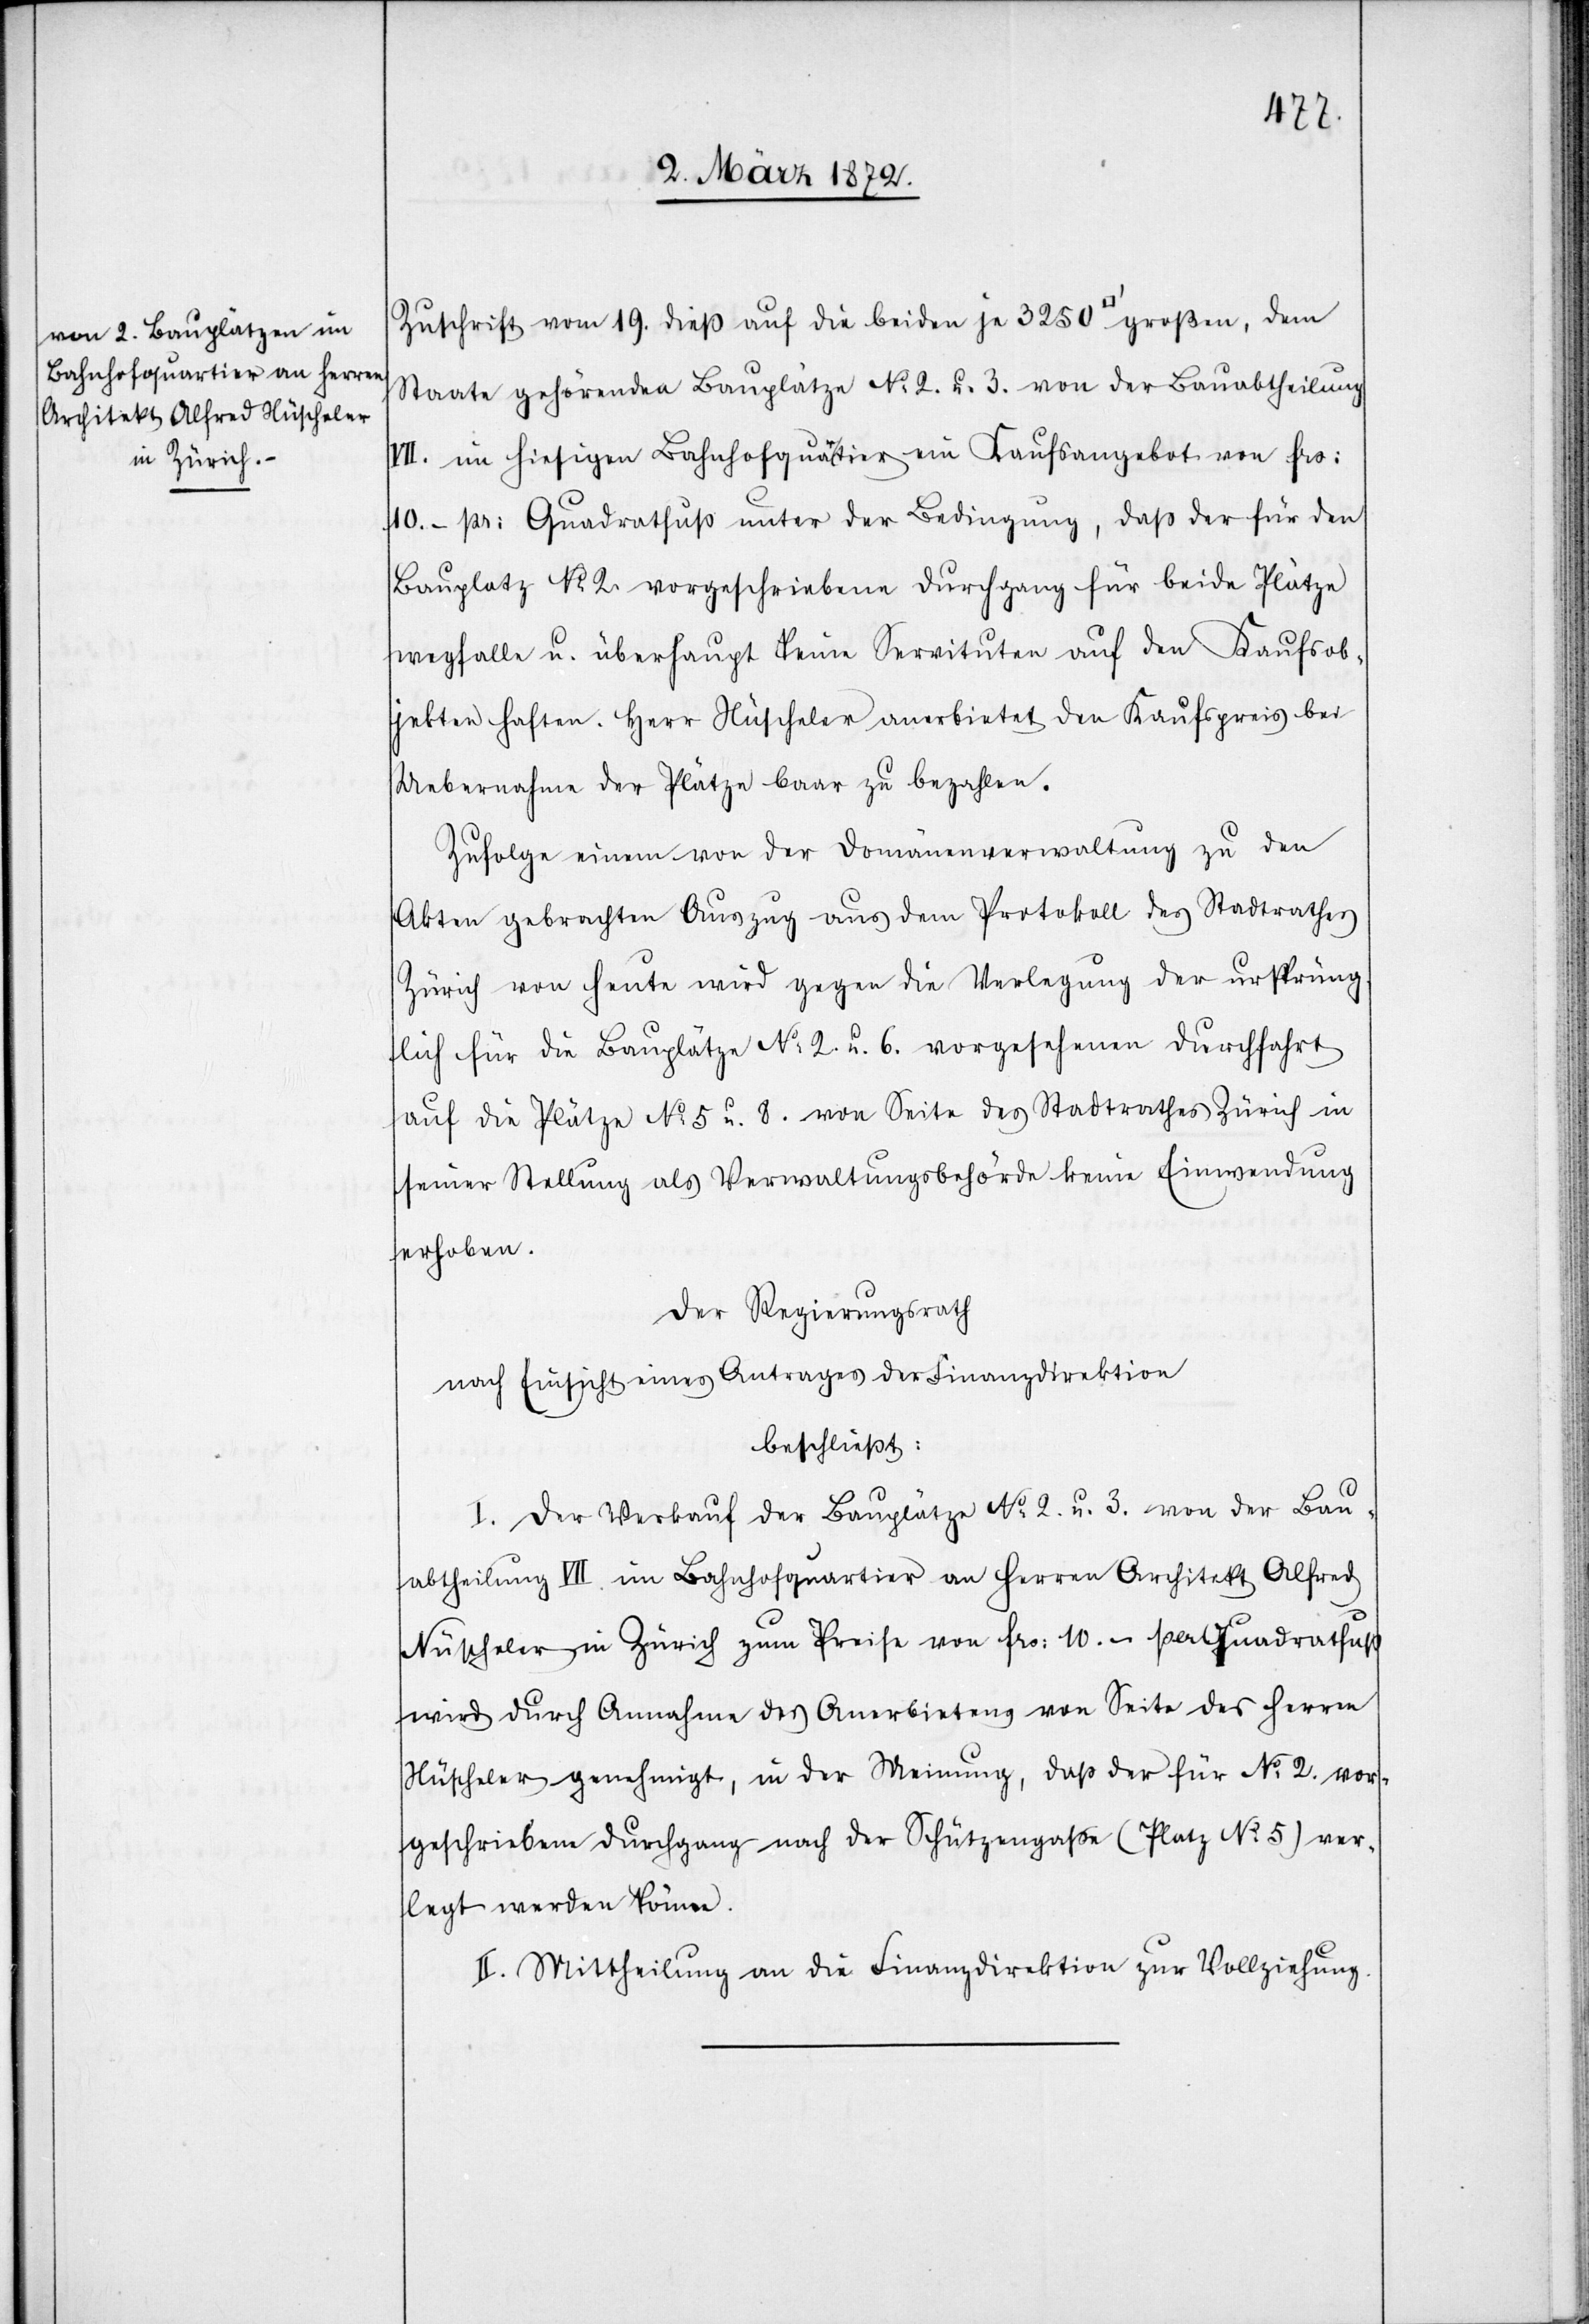
Zuschrift vom 19. dieß auf die beiden je 3250 [Quadratfuss] großen, dem
Staate gehörenden Bauplätze No 2. u. 3. von der Bauabtheilung
VII. im hiesigen Bahnhofquartier ein Kaufsangebot von frs:
10.- pr. Quadratfuß unter der Bedingung, daß der für den
Bauplatz No 2. vorgeschriebene Durchgang für beide Plätze
wegfalle u. überhaupt keine Servituten auf den Kaufsob¬
jekten haften. Herr Nüscheler anerbietet den Kaufspreis bei
Uebernahme der Plätze baar zu bezahlen.
Zufolge einem von der Domänenverwaltung zu den
Akten gebrachten Auszug aus dem Protokoll des Stadtrathes
Zürich von heute wird gegen die Verlegung der ursprüng¬
lich für die Bauplätze No 2. u. 6. vorgesehenen Durchfahrt
auf die Plätze No 5 u. 8. von Seite des Stadtrathes Zürich in
seiner Stellung als Verwaltungsbehörde keine Einwendung
erhoben.
Der Regierungsrath
nach Einsicht eines Antrages der Finanzdirektion
beschließt:
I. Der Verkauf der Bauplätze No 2. u. 3. von der Bau¬
abtheilung VII. im Bahnhofquartier an Herren Architekt Alfred
Nüscheler in Zürich zum Preise von frs: 10.- per Quadratfuß
wird durch Annahme des Anerbietens von Seite des Herren
Nüscheler genehmigt, in der Meinung, daß der für No 2. vor¬
geschriebene Durchgang nach der Schützengasse (Platz No 5) ver¬
legt werden könne.
II. Mittheilung an die Finanzdirektion zur Vollziehung.